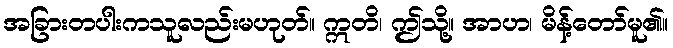
အခြားတပါးကသူလည်းမဟုတ်။ ဣတိ၊ ဤသို့။ အာဟ၊ မိန့်တော်မူ၏။